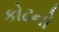
કોઢનો